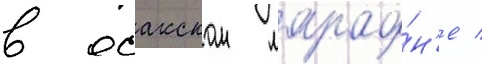
в осакском марафо́н'е /